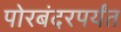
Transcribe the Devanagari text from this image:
पोरबंदरपर्यंत